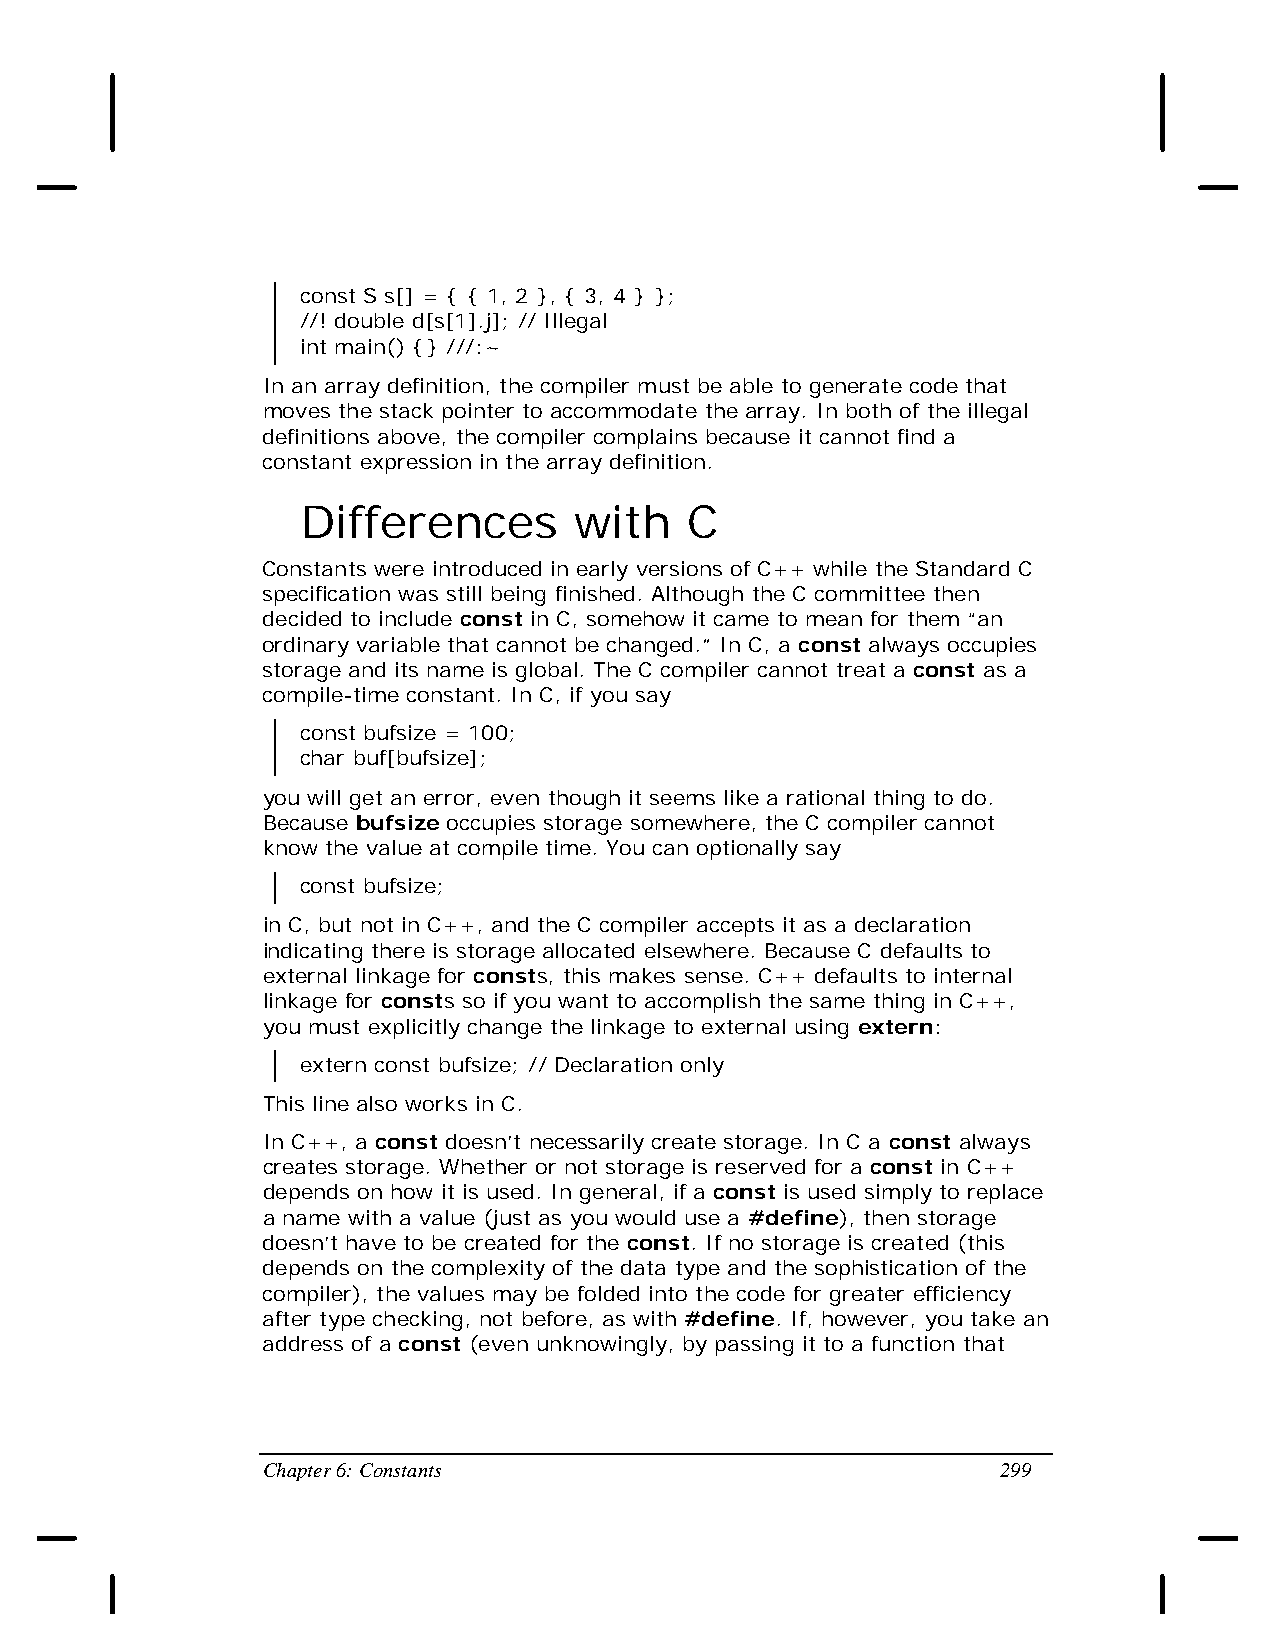
const S s[] = { { 1, 2 }, { 3, 4 } };
 //! double d[s[1].j]; // Illegal
 int main() {} ///:~
 In an array definition, the compiler must be able to generate code that
 moves the stack pointer to accommodate the array. In both of the illegal
 definitions above, the compiler complains because it cannot find a
 constant expression in the array definition.
 Differences       with    C
 Constants were introduced in early versions of C++ while the Standard C
 specification was still being finished. Although the C committee then
 decided to include const in C, somehow it came to mean for them “an
 ordinary variable that cannot be changed.” In C, a const always occupies
 storage and its name is global. The C compiler cannot treat a const as a
 compile-time constant. In C, if you say
 const bufsize = 100;
 char buf[bufsize];
 you will get an error, even though it seems like a rational thing to do.
 Because bufsize occupies storage somewhere, the C compiler cannot
 know the value at compile time. You can optionally say
 const bufsize;
 in C, but not in C++, and the C compiler accepts it as a declaration
 indicating there is storage allocated elsewhere. Because C defaults to
 external linkage for consts, this makes sense. C++ defaults to internal
 linkage for consts so if you want to accomplish the same thing in C++,
 you must explicitly change the linkage to external using extern:
 extern const bufsize; // Declaration only
 This line also works in C.
 In C++, a const doesn’t necessarily create storage. In C a const always
 creates storage. Whether or not storage is reserved for a const in C++
 depends on how it is used. In general, if a const is used simply to replace
 a name with a value (just as you would use a #define), then storage
 doesn’t have to be created for the const. If no storage is created (this
 depends on the complexity of the data type and the sophistication of the
 compiler), the values may be folded into the code for greater efficiency
 after type checking, not before, as with #define. If, however, you take an
 address of a const (even unknowingly, by passing it to a function that
 Chapter 6: Constants                             299